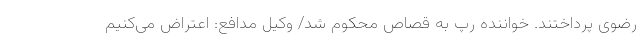
رضوی پرداختند. خواننده رپ به قصاص محکوم شد/ وکیل مدافع: اعتراض می‌کنیم